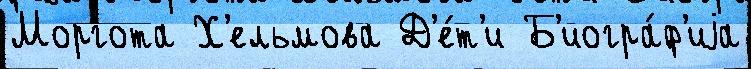
Моргота Х'ельмова Д'е́т'и Б'иогра́ф'иjа